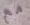
مع